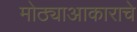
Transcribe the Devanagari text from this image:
मोठ्याआकाराचे